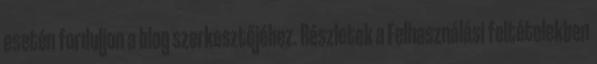
esetén forduljon a blog szerkesztőjéhez. Részletek a Felhasználási feltételekben